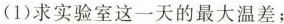
(1)求实验室这一天的最大温差；